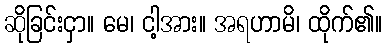
ဆိုခြင်းငှာ။ မေ၊ ငါ့အား။ အရဟာမိ၊ ထိုက်၏။